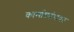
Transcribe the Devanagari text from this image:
कार्माच्र्यांबाबत